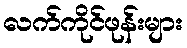
လက်ကိုင်ဖုန်းများ